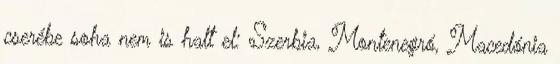
cserébe soha nem is halt el: Szerbia, Montenegró, Macedónia